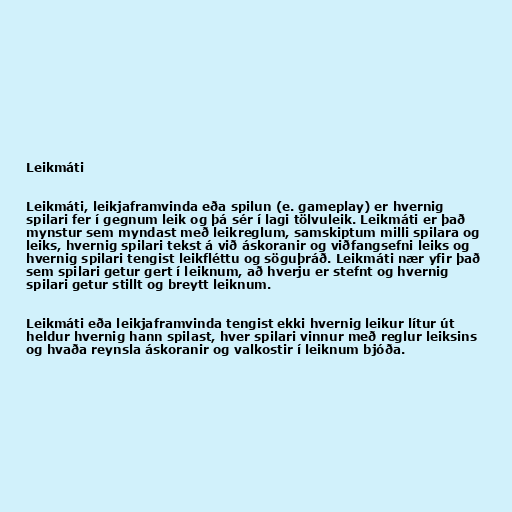
Leikmáti

Leikmáti, leikjaframvinda eða spilun (e. gameplay) er hvernig
spilari fer í gegnum leik og þá sér í lagi tölvuleik. Leikmáti er það
mynstur sem myndast með leikreglum, samskiptum milli spilara og
leiks, hvernig spilari tekst á við áskoranir og viðfangsefni leiks og
hvernig spilari tengist leikfléttu og söguþráð. Leikmáti nær yfir það
sem spilari getur gert í leiknum, að hverju er stefnt og hvernig
spilari getur stillt og breytt leiknum.

Leikmáti eða leikjaframvinda tengist ekki hvernig leikur lítur út
heldur hvernig hann spilast, hver spilari vinnur með reglur leiksins
og hvaða reynsla áskoranir og valkostir í leiknum bjóða.